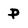
Character: P